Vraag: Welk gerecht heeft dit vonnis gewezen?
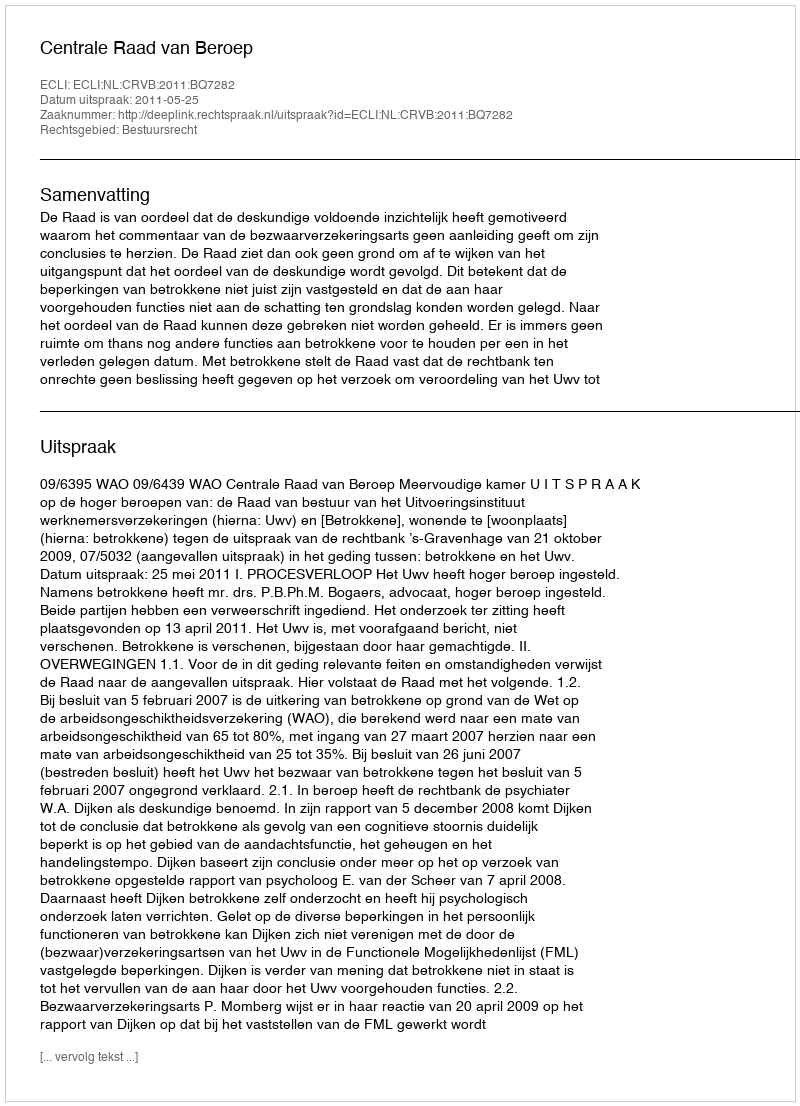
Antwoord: Centrale Raad van Beroep